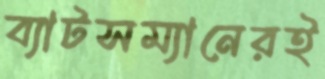
ব্যাটসম্যানেরই